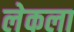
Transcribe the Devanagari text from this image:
लेकला